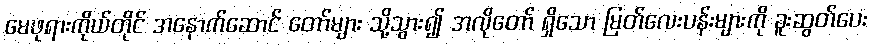
မေဖုရားကိုယ်တိုင် အနောက်ဆောင် တော်များ သို့သွား၍ အလိုတော် ရှိသော မြတ်လေးပန်းများကို ခူးဆွတ်ပေး